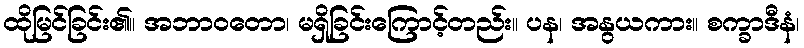
ထိုမြင်ခြင်း၏။ အဘာဝတော၊ မရှိခြင်းကြောင့်တည်း။ ပန၊ အနွယကား။ စက္ခာဒီနံ၊